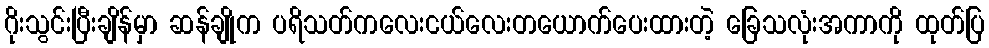
ဂိုးသွင်းပြီးချိန်မှာ ဆန်ချိုက ပရိသတ်ကလေးငယ်လေးတယောက်ပေးထားတဲ့ ခြေသလုံးအကာကို ထုတ်ပြ